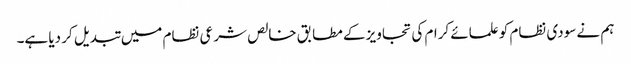
ہم نے سودی نظام کو علمائے کرام کی تجاویز کے مطابق خالص شرعی نظام میں تبدیل کر دیا ہے۔